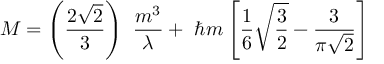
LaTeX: M = \left( \frac { 2 \sqrt { 2 } } { 3 } \right) ~ \frac { m ^ { 3 } } { \lambda } + ~ \hbar m \left[ \frac { 1 } { 6 } \sqrt { \frac { 3 } { 2 } } - \frac { 3 } { \pi \sqrt { 2 } } \right]